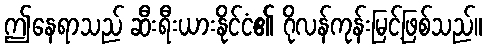
ဤနေရာသည် ဆီးရီးယားနိုင်ငံ၏ ဂိုလန်ကုန်းမြင့်ဖြစ်သည်။